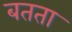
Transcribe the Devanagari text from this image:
बतता